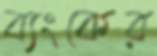
ব্যংকের